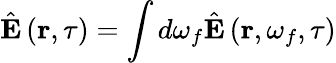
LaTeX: \hat{\mathbf{E}}\left(\mathbf{r},\tau\right)=\int d\omega_{f}\hat{\mathbf{E}}\left(\mathbf{r},\omega_{f},\tau\right)